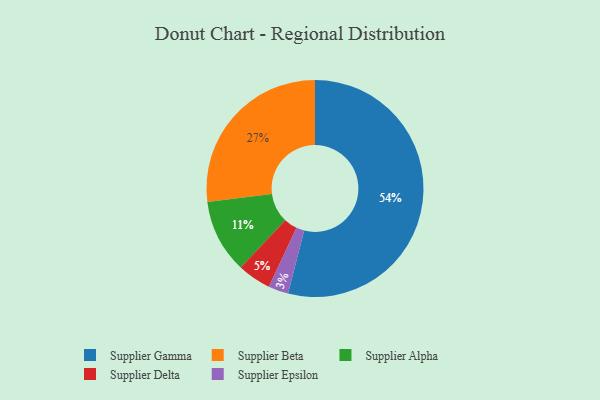
{"axis": {"x": "Category", "y": "Percentage"}, "legend": ["Supplier Alpha", "Supplier Beta", "Supplier Delta", "Supplier Epsilon", "Supplier Gamma"], "data": [{"x": "Supplier Beta", "y": 27, "type": "Supplier Beta"}, {"x": "Supplier Gamma", "y": 54, "type": "Supplier Gamma"}, {"x": "Supplier Alpha", "y": 11, "type": "Supplier Alpha"}, {"x": "Supplier Epsilon", "y": 3, "type": "Supplier Epsilon"}, {"x": "Supplier Delta", "y": 5, "type": "Supplier Delta"}]}